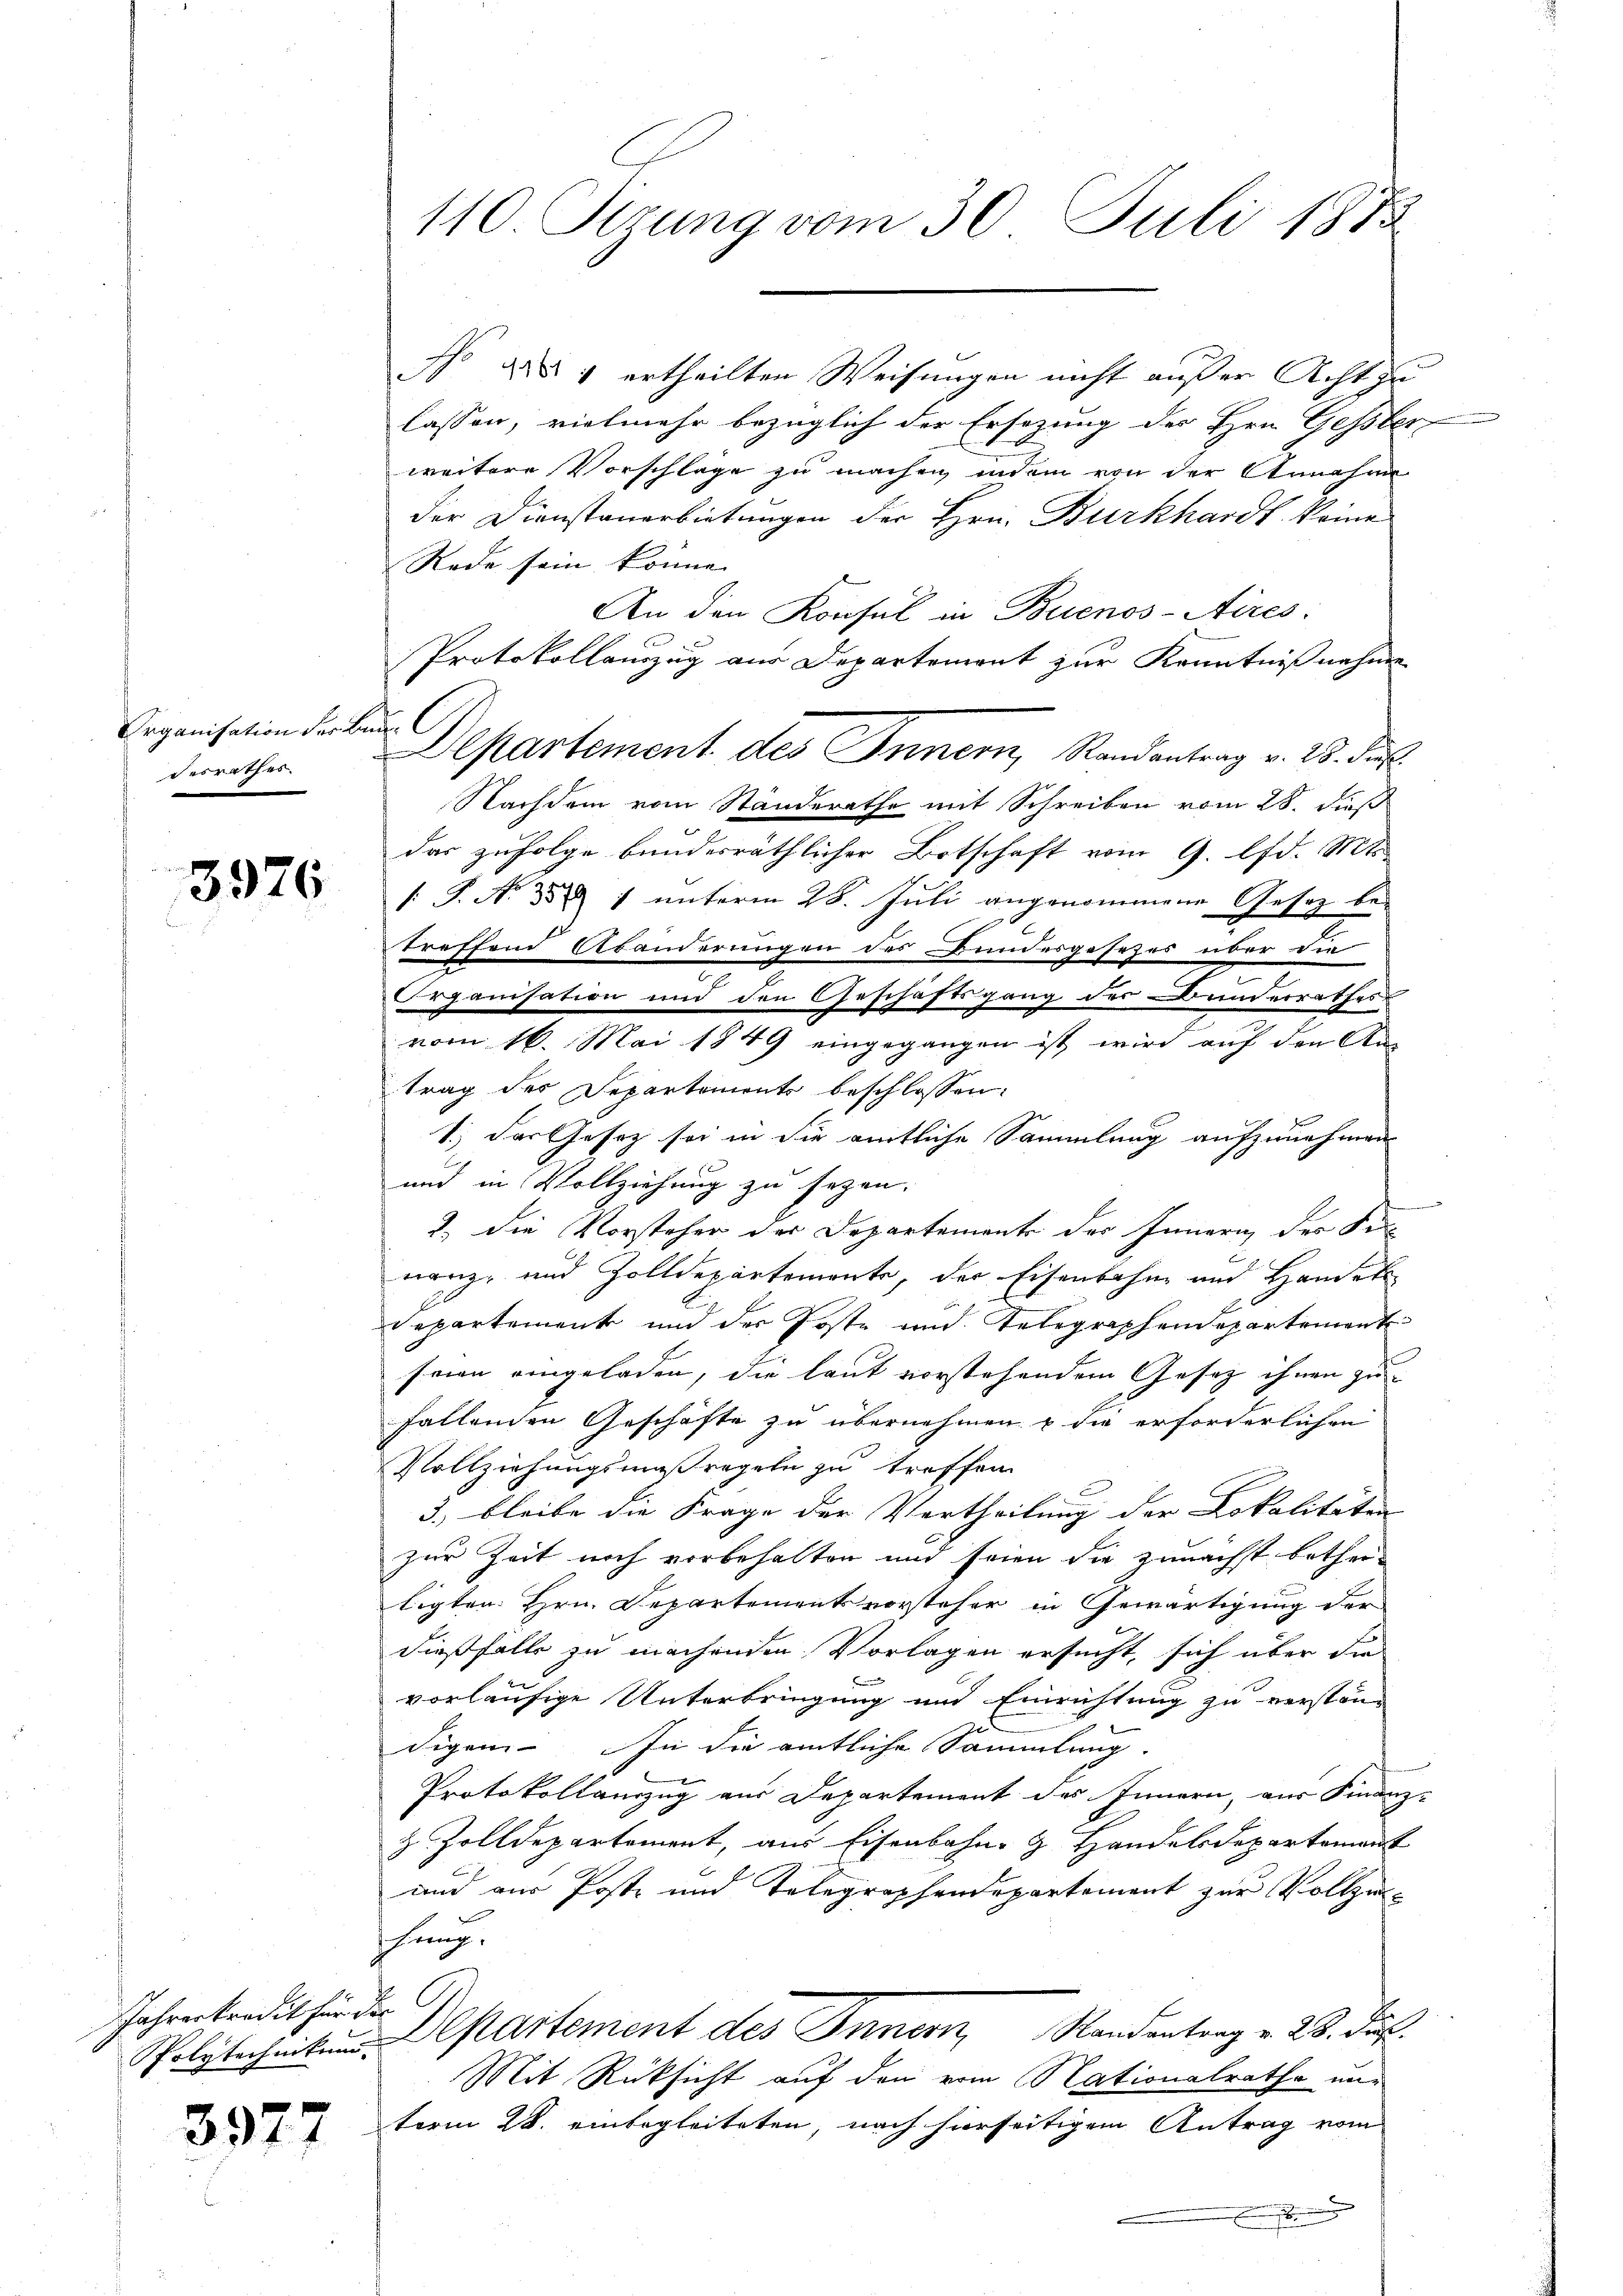
Organisation der Bun
desrathes.

3976

Jahrerkredit für die

3977

sso das 1 ertheilten Weisungen nicht außer Acht zu
lassen, vielmehr bezüglich der Ersezung des Hrn. Gessber
weitere Vorschläge zu machen, indem von der Annahme
der Dienstanerbietungen der Hrn. Burkhardt keine
Rede sein könne.
An den Konsul in Buenos-Aires:
Protokollanzug aus Departemont zur Kenntnißnahme
Nachdem vom Standerathe mit Schreiben vom 28. dieß
das zufolge bundesräthlicher Botschaft vom 9. d. 1811
/S. No 350 1 unterm 28. Juli angenommene Gesetz be-
treffend Abänderungen des Bundesgesezes über die
e
Organisation und den Geschäftsgang der Bummerrathes
vom 16. Mai 1849 eingegangen ist wird auf den Antrag des Departements beschlossen:
1.) Das Gesetz sei in die amtliche Sammlung aufzunehmen
und in Vollziehung zu sezen.
2. Die Vorsteher der Departemente der Innern, der Se
nanz- und Zolldepartemente, der Eisenbahn und Handel
Departement und der Poste und Telegraphendepartement
seien eingeladen, die laut vorstehendem Gesetz ihnen zu
fallenden Geschäfte zu übernehmen & die erforderlichen
Vollziehungsmaßregeln zu treffen.
3. bleibe die Frage der Vertheilung der Lokalitäten
zur Zeit noch vorbehalten und seien die zunächst bethei-
tigten Hrn. Departementsvorsteher in Gewärtigung der
dießfalls zu machenden Vorlagen ersucht, sich über die
vorläufige Unterbringung und Einrichtung zu verstän
digen. In die amtliche Sammlung.
Protokollauszug aus Departement des Innern, aus Finanz-
z Zolldepartement, aus Eisenbahn- & Handelsdepartement
und aus Post- und Telegraphendepartement zur Vollzie-
hrung.
Polytecheiten Departement des Innern Randentrag v. 23. dur
Mit Rücksicht auf den vom Nationalrathe und
term 28. einbegleiteten, nach hierseitigem Antrag vom

110 Sizung vom 30. Juli 1873

Departement des Innern, Randantrag v. 28. Fuß.